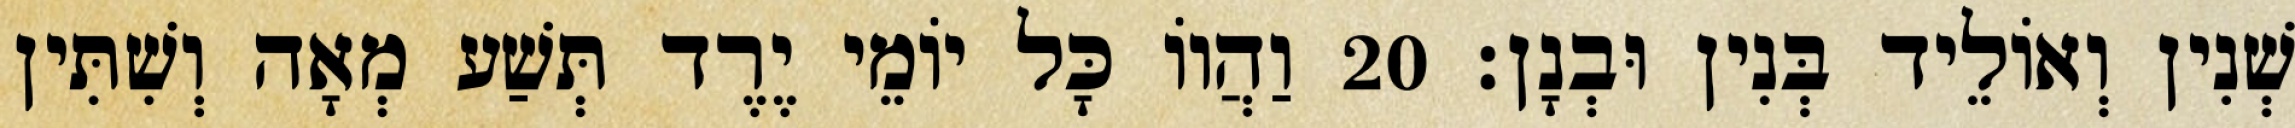
שְׁנִין וְאוֹלֵיד בְּנִין וּבְנָן׃ 20 וַהֲווֹ כָּל יוֹמֵי יֶרֶד תְּשַׁע מְאָה וְשִׁתִּין